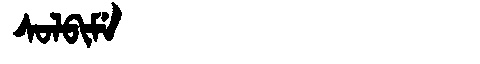
Manchu: ᠰᠣᠯᠪᡳᠮᡝ
Romanization: SOLBIME